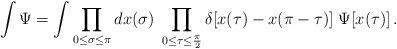
LaTeX: \begin{align*}\int \Psi = \int \prod_{0 \leq \sigma \leq \pi} dx (\sigma) \;\prod_{0 \leq\tau \leq \frac{\pi}{2} }\delta[x(\tau)-x(\pi-\tau)] \;\Psi[x (\tau)]\,.\end{align*}